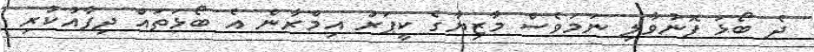
ދެ ބޯޅަ ފޮނުވާލި ނަމަވެސް މާޒިޔާގެ ކީޕަރު އިމްރާން އެ ބޯޅަތައް ދިފާއުކުރި